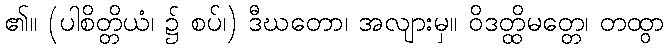
၏။ (ပါစိတ္တိယံ၊ ၌ စပ်၊) ဒီဃတော၊ အလျားမှ။ ဝိဒတ္ထိမတ္တေ၊ တထွာ